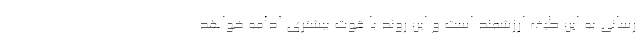
رسانی به اين طيف ارزشمند است و این روند با قوت بيشتري ادامه خواهد